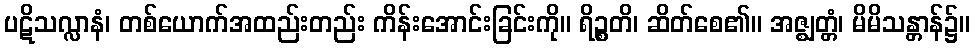
ပဋိသလ္လာနံ၊ တစ်ယောက်အထည်းတည်း ကိန်းအောင်းခြင်းကို။ ရိဉ္စတိ၊ ဆိတ်စေ၏။ အဇ္ဈတ္တံ၊ မိမိသန္တာန်၌။